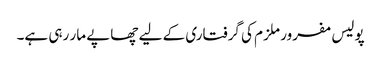
پولیس مفرور ملزم کی گرفتاری کے لیے چھاپے مار رہی ہے۔